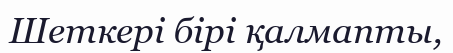
Шеткері бірі қалмапты,